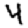
Digit: 4